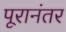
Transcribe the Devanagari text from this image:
पूरानंतर